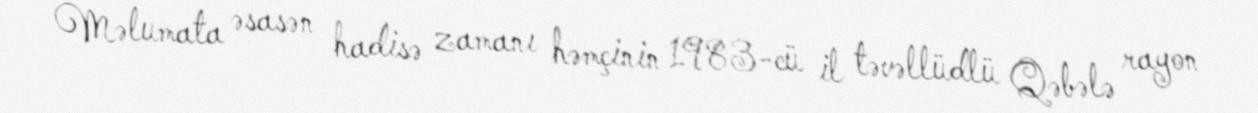
Məlumata əsasən hadisə zamanı həmçinin 1983-cü il təvəllüdlü Qəbələ rayon